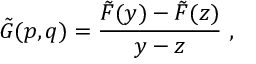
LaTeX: \tilde { \cal G } ( p , q ) = \frac { \tilde { F } ( y ) - \tilde { F } ( z ) } { y - z } \; ,